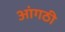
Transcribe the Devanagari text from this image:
आंगठी